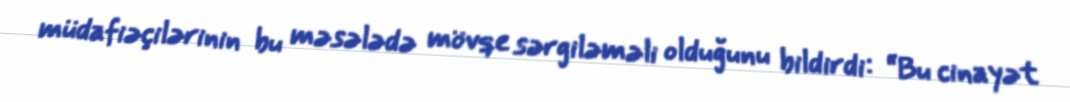
müdafiəçilərinin bu məsələdə mövqe sərgiləməli olduğunu bildirdi: “Bu cinayət